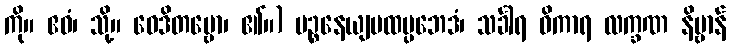
ကို။ ဧဝံ၊ သို့။ ဝေဒိတဗ္ဗော၊ ၏။) ပဉ္စနေယျပထပ္ပဘေဒံ၊ သင်္ခါရ ဝိကာရ လက္ခဏ နိဗ္ဗာန်